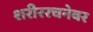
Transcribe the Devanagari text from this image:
शरीररचनेवर